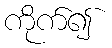
ကိုက်၍